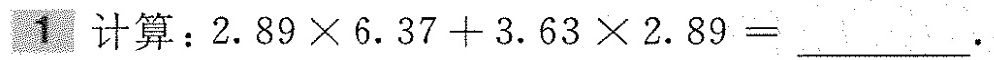
1计算：$$2 . 8 9 \times 6 . 3 7 + 3 . 6 3 \times 2 . 8 9 = ___$$